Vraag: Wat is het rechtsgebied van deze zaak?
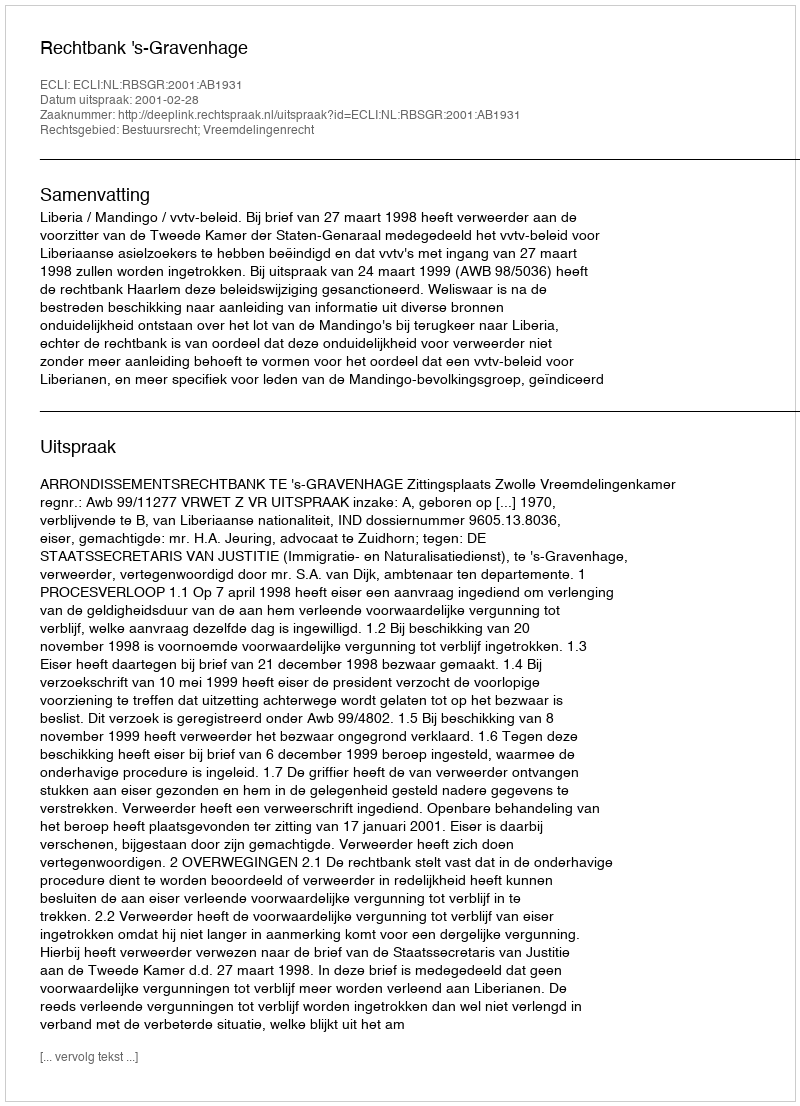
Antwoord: Bestuursrecht; Vreemdelingenrecht